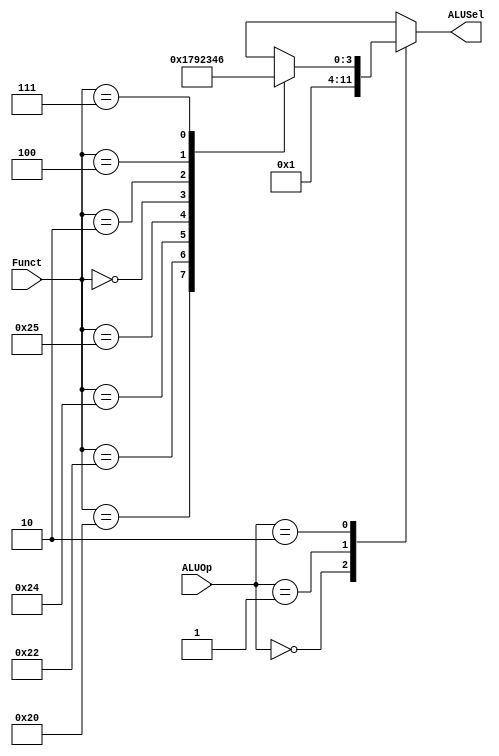
`timescale 1ns / 1ps

module ALUDecoder #(parameter AWL = 6, DWL = 32, DEPTH = 2**AWL)
                   (input [AWL-5:0] ALUOp,
                    input [AWL-1:0] Funct,
                    output reg [AWL-3:0] ALUSel);
                    
    always @ (*) begin
        case (ALUOp)
            2'b00:
                ALUSel = 4'b0000; // Addition
            2'b01:
                ALUSel = 4'b0001; // Subtraction
            2'b10: begin
                case (Funct)
                    6'b100000:
                        ALUSel = 4'b0000; // Addition
                    6'b100010:
                        ALUSel = 4'b0001; // Subtraction
                    6'b100100:
                        ALUSel = 4'b0111; // Bitwise AND
                    6'b100101:
                        ALUSel = 4'b1001; // Bitwise OR
                    6'b000000: 
                        ALUSel = 4'b0010; // SLL 
                    6'b000010: 
                        ALUSel = 4'b0011; // SRL
                    6'b000100: 
                        ALUSel = 4'b0100; // SLLV
                    6'b000111: 
                        ALUSel = 4'b0110; // SRAV  
                    default:
                        ALUSel = 4'bx;
                endcase
            end
            default:
                ALUSel = 4'bx;
        endcase
    end
                    
endmodule